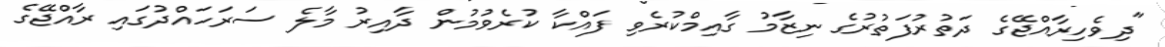
"ދިވެހިރާއްޖޭގެ ދަތުރުފަތުރުގެ ނިޒާމު ގާއިމްކުރެވި ފައްކާ ކުރެވުމުން ދާއިރު މާލެ ސަރަހައްދުގައި ރާއްޖޭގެ